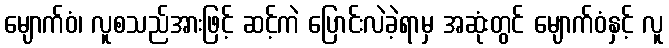
မျောက်ဝံ၊ လူစသည်အားဖြင့် ဆင့်ကဲ ပြောင်းလဲခဲ့ရာမှ အဆုံးတွင် မျောက်ဝံနှင့် လူ